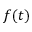
f ( t )